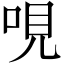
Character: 哯